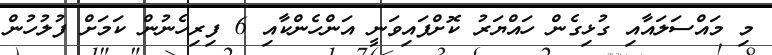
މި މައްސަލައާއި ގުޅިގެން ހައްޔަރު ކޮށްފައިވަނީ އަންހެންކާއި 6 ފިރިހެނުން ކަމަށް ފުލުހުން